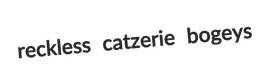
reckless catzerie bogeys